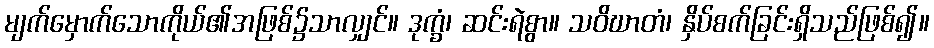
မျက်မှောက်သောကိုယ်၏အဖြစ်၌သာလျှင်။ ဒုက္ခံ၊ ဆင်းရဲစွာ။ သဝိဃာတံ၊ နှိပ်စက်ခြင်းရှိသည်ဖြစ်၍။